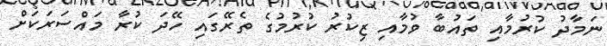
ނަމާދު ކުރުމާއި ތައުބާ ވުމާއި ޒިކުރު ކުރުމުގެ ތެރޭގައި ހޭދަ ކުރާ މައްސަރަކަށް